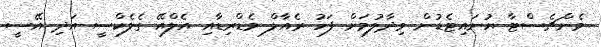
މެންޗެސްޓާ ޔުނައިޓެޑުން ވިދާލުމަށް ފަހު ރެއާލް މެޑްރިޑާއި އެލްއޭ ގެލެކްސީ އަދި އޭސީ